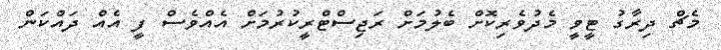
މެޗް ދިރާގު ޓީވީ މެދުވެރިކޮށް ބެލުމަށް ރަޖިސްޓްރީކުރުމަށް އެއްވެސް ފީ އެއް ދައްކަން